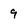
Character: 9